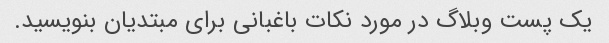
یک پست وبلاگ در مورد نکات باغبانی برای مبتدیان بنویسید.